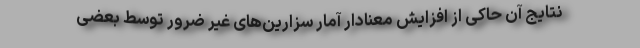
نتایج آن حاکی از افزایش معنادار آمار سزارین‌های غیر ضرور توسط بعضی